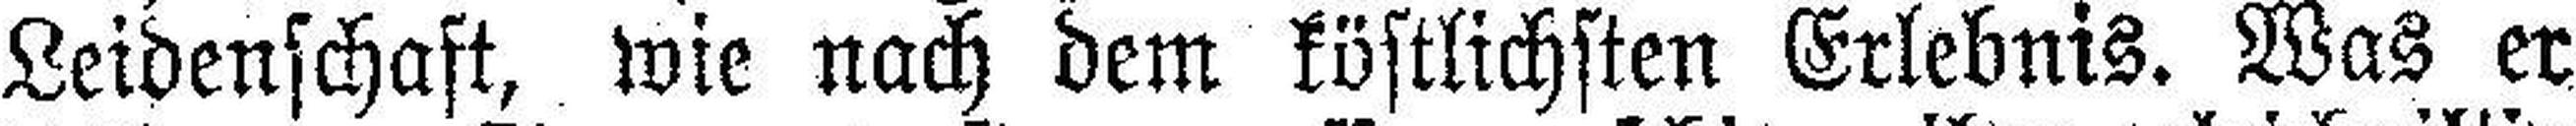
Leidenschaft, wie nach dem köstlichsten Erlebnis. Was er